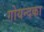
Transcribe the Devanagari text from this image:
गोयन्‍दका